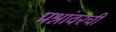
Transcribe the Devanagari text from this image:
प्रश्नांवरची